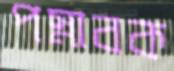
পস্নাবক